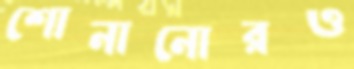
শোনানোরও